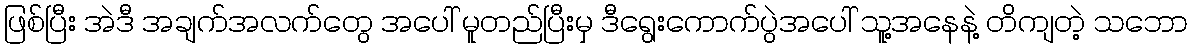
ဖြစ်ပြီး အဲဒီ အချက်အလက်တွေ အပေါ် မူတည်ပြီးမှ ဒီရွေးကောက်ပွဲအပေါ် သူ့အနေနဲ့ တိကျတဲ့ သဘော